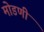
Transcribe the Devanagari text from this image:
मोडणी